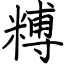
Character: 糐